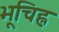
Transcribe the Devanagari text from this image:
भूचिह्न